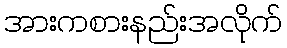
အားကစားနည်းအလိုက်